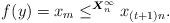
LaTeX: \begin{align*}f(y) = x_{m} \leq^{\boldsymbol{X}^{\infty}_{n}} x_{(t+1)n}.\end{align*}